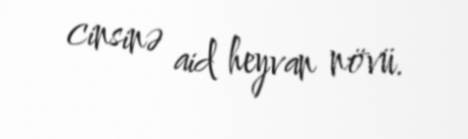
cinsinə aid heyvan növü.